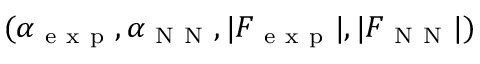
( \alpha _ { \mathrm { ~ e ~ x ~ p ~ } } , \alpha _ { \mathrm { ~ N ~ N ~ } } , | F _ { \mathrm { ~ e ~ x ~ p ~ } } | , | F _ { \mathrm { ~ N ~ N ~ } } | )